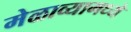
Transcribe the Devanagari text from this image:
मेळाव्यामध्ये